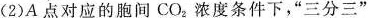
(2)A点对应的胞间CO_{2}浓度条件下，”三分三”